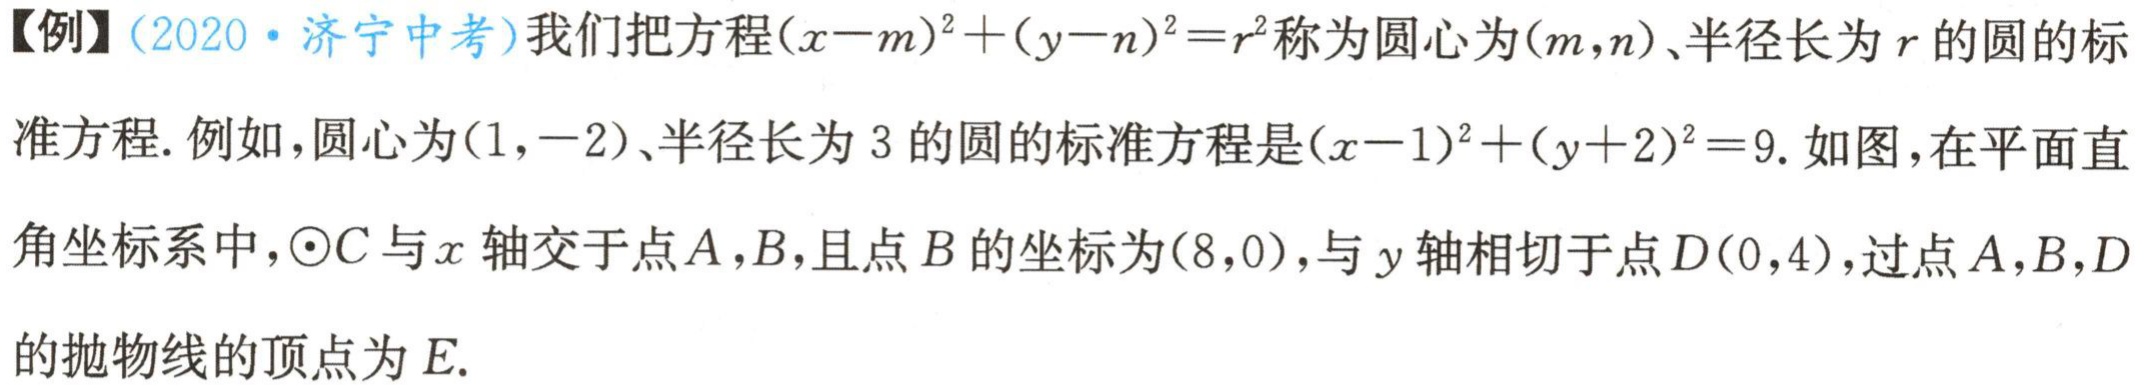
【例】(2020·济宁中考)我们把方程\((x - m)^2+(y - n)^2 = r^2\)称为圆心为\((m,n)\)、半径长为\(r\)的圆的标准方程. 例如，圆心为\((1,-2)\)、半径长为\(3\)的圆的标准方程是\((x - 1)^2+(y + 2)^2 = 9\). 如图，在平面直角坐标系中，\(\odot C\)与\(x\)轴交于点\(A,B\)，且点\(B\)的坐标为\((8,0)\)，与\(y\)轴相切于点\(D(0,4)\)，过点\(A,B,D\)的抛物线的顶点为\(E\).